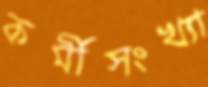
কর্মীসংখ্যা